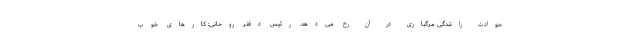
حوادث رانندگی مرگباری در آن رخ می‌دهد. رئیس ‌دفتر روحانی: کارهای خوب